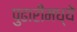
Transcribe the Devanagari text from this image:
पुढारीमध्ये